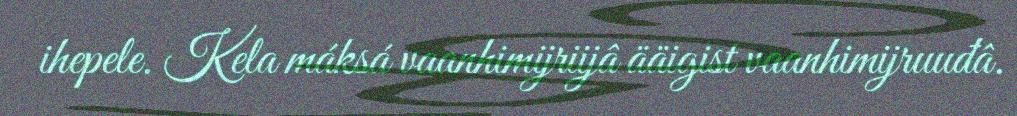
ihepele. Kela máksá vaanhimijriijâ ääigist vaanhimijruuđâ.